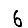
Digit: 6